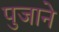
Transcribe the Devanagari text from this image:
पुजाने